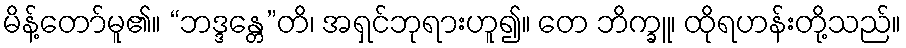
မိန့်တော်မူ၏။ “ဘဒ္ဒန္တေ”တိ၊ အရှင်ဘုရားဟူ၍။ တေ ဘိက္ခူ၊ ထိုရဟန်းတို့သည်။